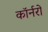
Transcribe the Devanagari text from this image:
कॉर्नरों